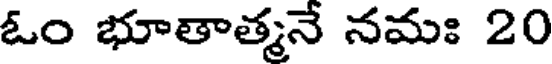
ఓం భూతాత్మనే నమః 20